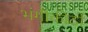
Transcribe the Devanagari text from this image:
भंगीकीटों